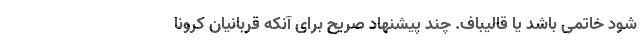
شود خاتمی باشد یا قالیباف. چند پیشنهاد صریح برای آنکه قربانیان کرونا